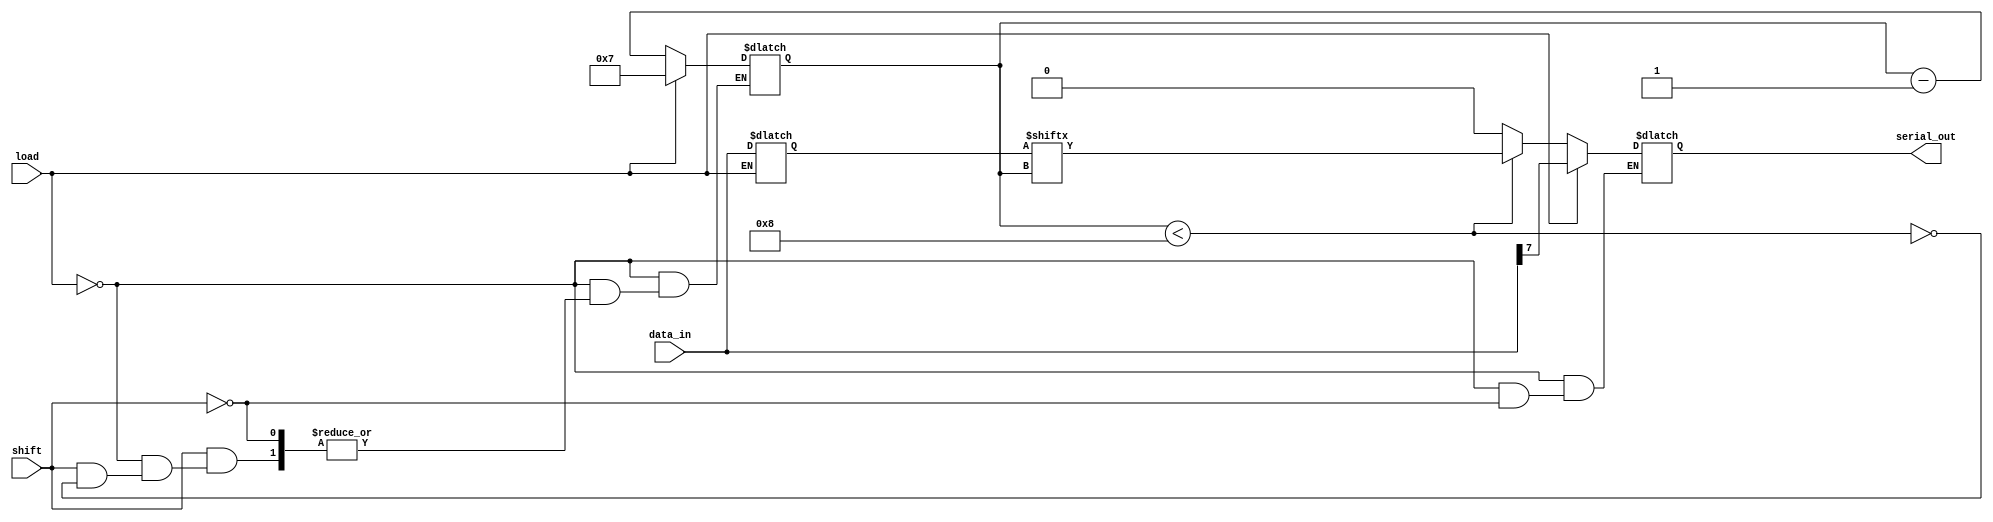
module PISO_Register #(
    parameter N = 8  // Width of the register
) (
    input wire [N-1:0] data_in,  // Parallel data input
    input wire load,              // Asynchronous load signal
    input wire shift,             // Asynchronous shift signal
    output reg serial_out         // Serial output
);

    reg [N-1:0] shift_reg;        // Shift register to hold the data
    reg [3:0] count;              // Counter for shifting bits (maximum N bits)

    // Asynchronous load operation
    always @(*) begin
        if (load) begin
            shift_reg = data_in;   // Load data into the shift register
            count = N - 1;         // Set count to point to the MSB
            serial_out = shift_reg[count]; // Initialize serial out to MSB
        end
        else if (shift) begin
            if (count < N) begin
                serial_out = shift_reg[count]; // Shift out the current MSB
                count = count - 1;             // Decrement the count
            end else begin
                serial_out = 1'b0; // Output 0 when no bits are left to shift
            end
        end
    end

endmodule